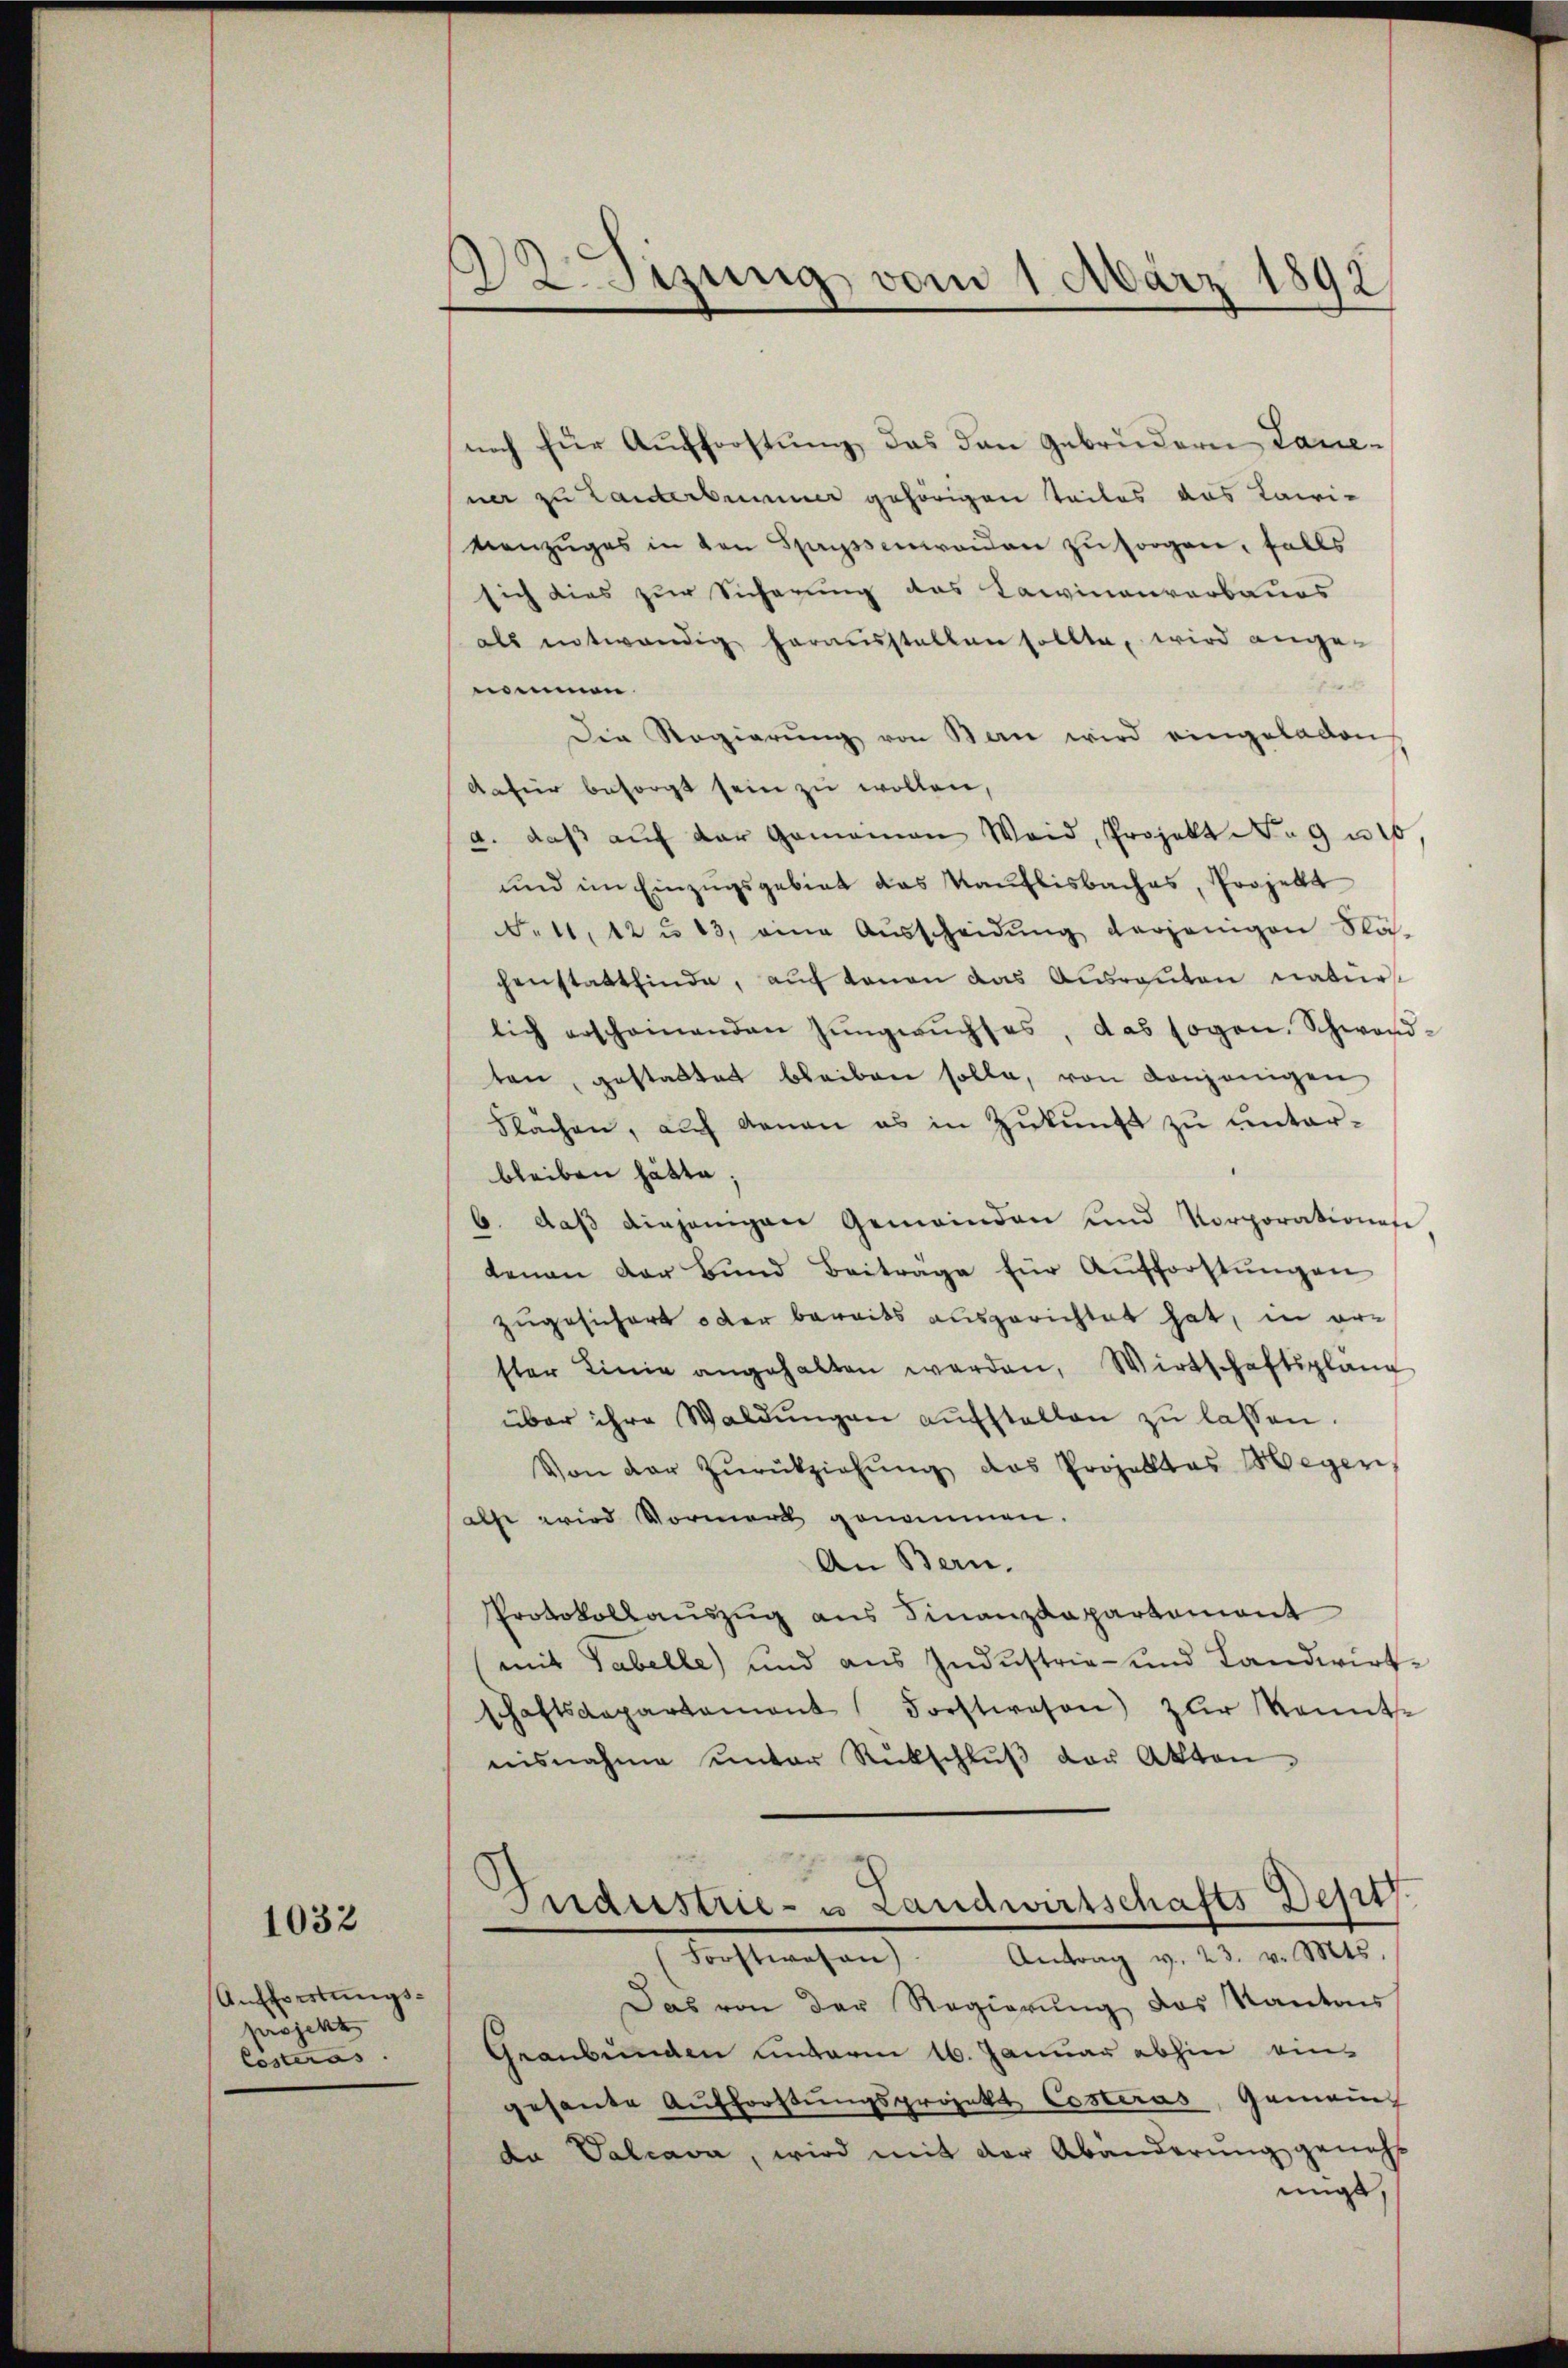
1032

Aufforstungsprojekt
Costeras

Zetzung vom 1. März 1892

noch für Aufforstung, das den Gebrüdern Lauesner zu Landerbummer gehörigen Teiles aus Lawi-
vanzŭges in den Spassenweiden zu sorgen, falls
sich dies zur Sicherung das Kaminenverbaues
als entwendig herausstellten sollte, wird angenommen.
Die Regierŭng von Ban wird eingeladen
dafür besorgt sein zu wollen,
a. daβ aŭf der Gemeinen Weid, Projekt No 9 u 10
und im Einzugsgebiet das Kauflisbaches, Projekt
N. 11, 12 u. 13, eine Aŭsscheidŭng derjenigen Stäh-
chenstattfinde, aŭf denen das Ausreuten natür
lich erscheinenden Zŭngwŭchses, das sogen. Schwand-
ten, gestattet bleiben solle, von denjenigen
Flächen, auf denen es in Zukunft zu unterbleiben hätte,
6. daβ diejenigen Gemeinden und Vorporations
tenau der Bŭnd Beitrage für Aŭfforstŭngen
zugesichert oder bereits ausgerichtet hat, in orster Linie angehalten werden, Wirtschaftspläng
über ihre Waldŭngen aufstellen zŭ lassen.
Von der Zŭrückziehŭng das Projektes Meger,
als wird Vormerk genommen.
An Bern.
Protokollauszug aus Finanzkapartement
(mit Tabelle) und aus Industrie- und Landwirt-
schaftsdepartament Forstwesen) zur Sonnte
nisnahme unter Rückschlŭβ der Akten.
8
c
Mnaustrie- u Landwirtschafts Best
Antrag v. 23. v. Mts.
dachterchen
Das von der Regierung des Kantons
Graubünden unterm 16. Januar abhin eins
gesante Aufforstŭngsprojekt Costeras, Gemein
da Valcava, wird mit der Abänderung geneh
mige